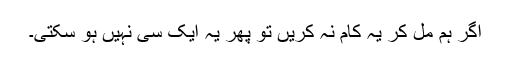
اگر ہم مل کر یہ کام نہ کریں تو پھر یہ ایک سی نہیں ہو سکتی۔